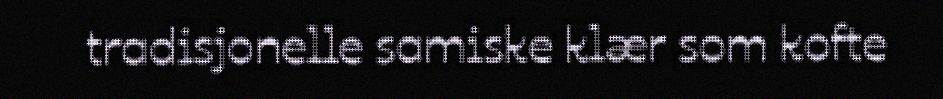
tradisjonelle samiske klær som kofte